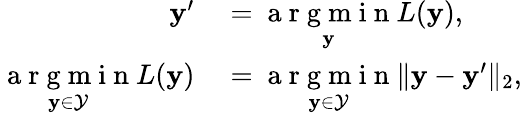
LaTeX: \begin{array}{rl}{\mathbf{y}^{\prime}}&{{}=\underset{\mathbf{y}}{\mathrm{~a~r~g~m~i~n~}}L(\mathbf{y}),}\\ {\underset{\mathbf{y}\in\mathcal{Y}}{\mathrm{~a~r~g~m~i~n~}}L(\mathbf{y})}&{{}=\underset{\mathbf{y}\in\mathcal{Y}}{\mathrm{~a~r~g~m~i~n~}}\lVert\mathbf{y}-\mathbf{y}^{\prime}\rVert_{2},}\end{array}